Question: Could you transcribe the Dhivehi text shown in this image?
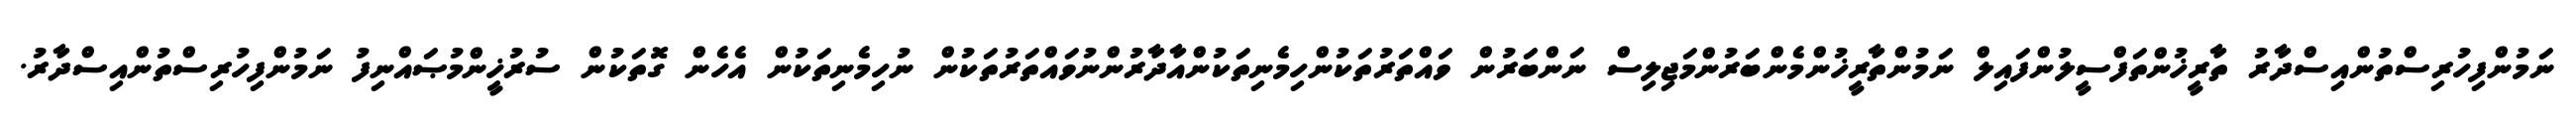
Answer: ނަމުންފިހުރިސްތުންއިސްދާރު ތާރީޚުންތަފްސީލުންފައިލް ނަމުންތާރީޚުންމެންބަރުންމަޖިލިސް ނަންބަރުން ވައްތަރުތަކުންހިމެނިތަކުންއާދާރުންނުވައްތަރުތަކުން ނުހިމެނިތަކުން އެހެން ގޮތަކުން ސުރުޚީންމުޞައްނިފު ނަމުންފިހުރިސްތުންއިސްދާރު.